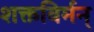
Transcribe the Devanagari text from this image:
शक्तविर्मन्